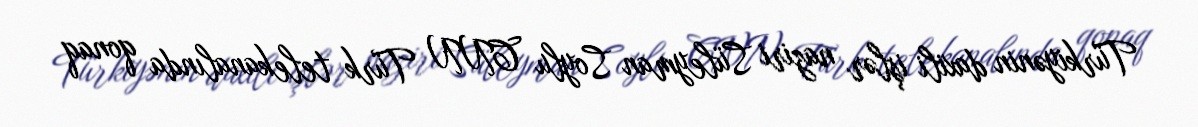
Türkiyənin daxili işlər naziri Süleyman Soylu CNN Türk telekanalında qonaq